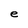
Character: e